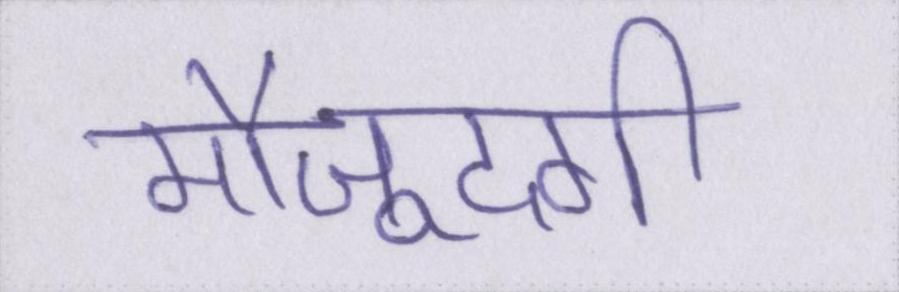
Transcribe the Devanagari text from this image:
मौजूदगी